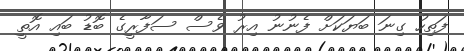
ފަތިހު ގިނަ ބަޔަކަށް ފެނުނު އިރު ވެސް ސަފާރީގެ ބޮޑު ބައި އޮތީ